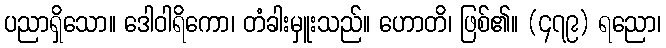
ပညာရှိသော။ ဒေါဝါရိကော၊ တံခါးမှူးသည်။ ဟောတိ၊ ဖြစ်၏။ (၄၇၉) ရညော၊